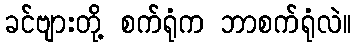
ခင်ဗျားတို့ စက်ရုံက ဘာစက်ရုံလဲ။